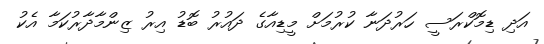
އަދި ޑިމޮކްރަސީ ހަރުދަނާ ކުރުމަށް މީޑިއާގެ ދައުރު ބޮޑު އިރު ޒިންމާދާރުކަމާ އެކު